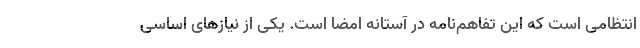
انتظامی است که این تفاهم‌نامه در آستانه امضا است. یکی از نیازهای اساسی